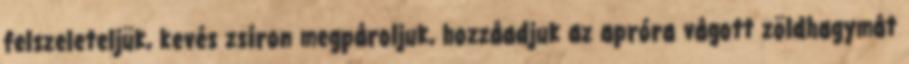
felszeleteljük, kevés zsíron megpároljuk, hozzáadjuk az apróra vágott zöldhagymát